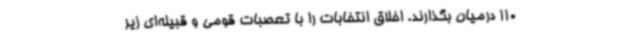
110 درمیان بگذارند. اخلاق انتخابات را با تعصبات قومی و قبیله‌ای زیر